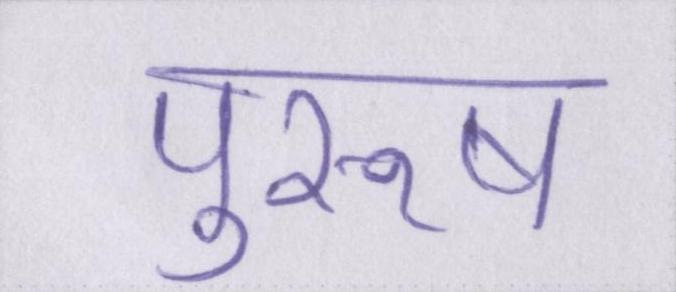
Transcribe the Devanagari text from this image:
पुरूष